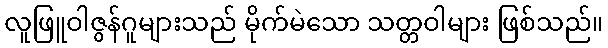
လူဖြူဝါဇွန်ဂူများသည် မိုက်မဲသော သတ္တဝါများ ဖြစ်သည်။